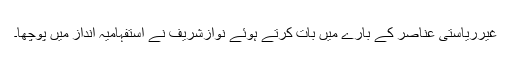
غیرریاستی عناصر کے بارے میں بات کرتے ہوئے نوازشریف نے استفہامیہ انداز میں پوچھا۔